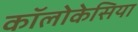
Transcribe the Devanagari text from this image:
कॉलोकेसिया